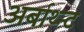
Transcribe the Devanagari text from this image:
अर्बाथ्न्ट